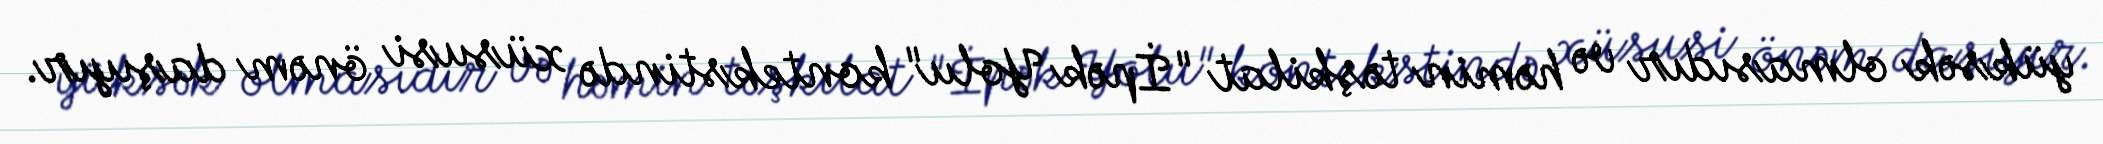
yüksək olmasıdır və həmin təşkilat "İpək Yolu" kontekstində xüsusi önəm daşıyır.